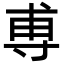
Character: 尃